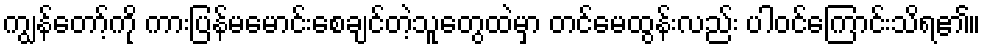
ကျွန်တော့်ကို ကားပြန်မမောင်းစေချင်တဲ့သူတွေထဲမှာ တင်မေထွန်းလည်း ပါဝင်ကြောင်းသိရ၏။